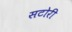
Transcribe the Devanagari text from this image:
सटोरी